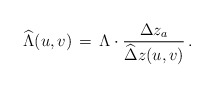
\begin{align*}\widehat\Lambda(u,v) \,=\, \Lambda \cdot \frac{\Delta z_a}{\widehat\Delta z(u,v)}\,.\end{align*}